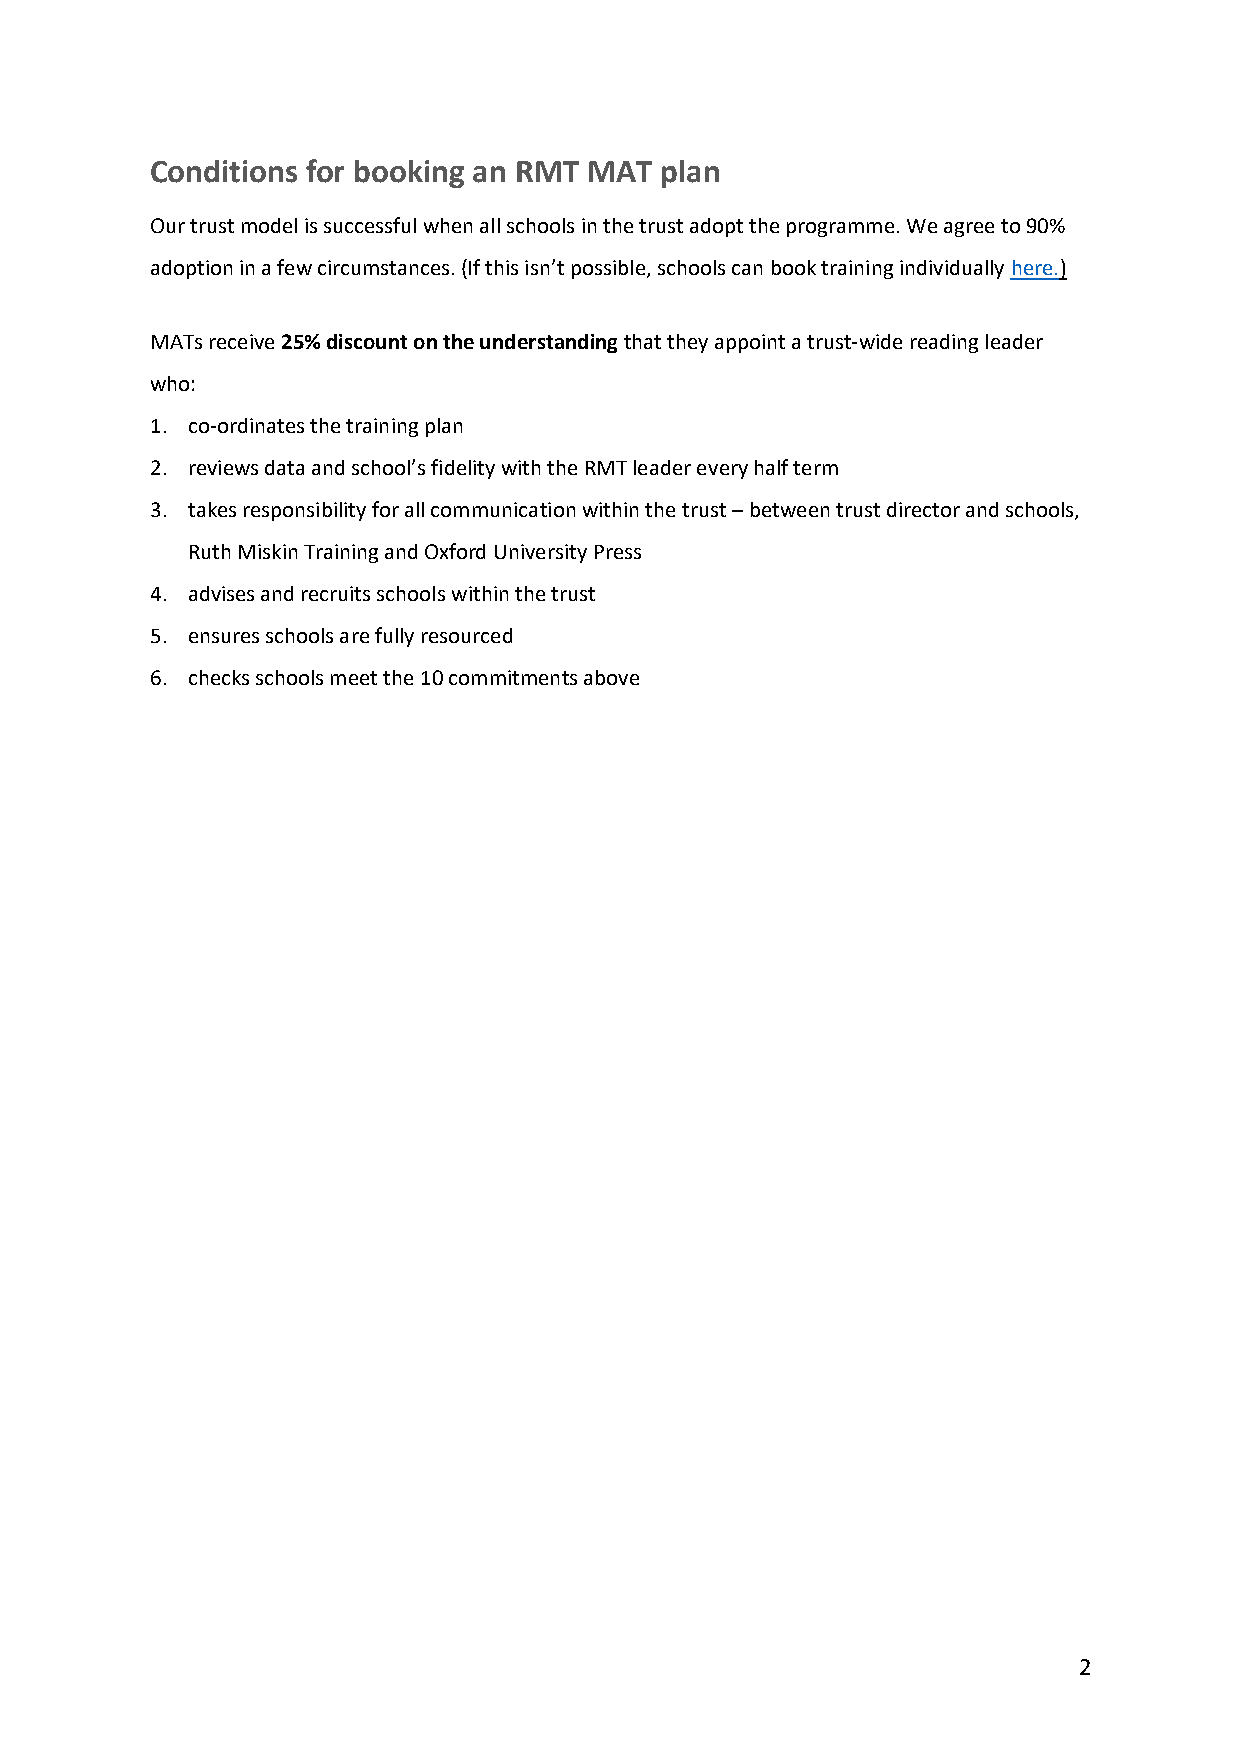
Conditions for booking an RMT MAT plan
 Our trust model is successful when all schools in the trust adopt the programme. We agree to 90%
 adoption in a few circumstances. (If this isn’t possible, schools can book training individually here.)
 MATs receive 25% discount on the understanding that they appoint a trust-wide reading leader
 who:
 1. co-ordinates the training plan
 2. reviews data and school’s fidelity with the RMT leader every half term
 3. takes responsibility for all communication within the trust – between trust director and schools,
 Ruth Miskin Training and Oxford University Press
 4. advises and recruits schools within the trust
 5. ensures schools are fully resourced
 6. checks schools meet the 10 commitments above
 2